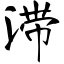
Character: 滞